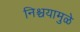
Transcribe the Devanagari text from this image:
निश्चयामुळे